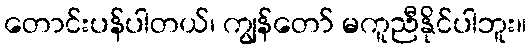
တောင်းပန်ပါတယ်၊ ကျွန်တော် မကူညီနိုင်ပါဘူး။